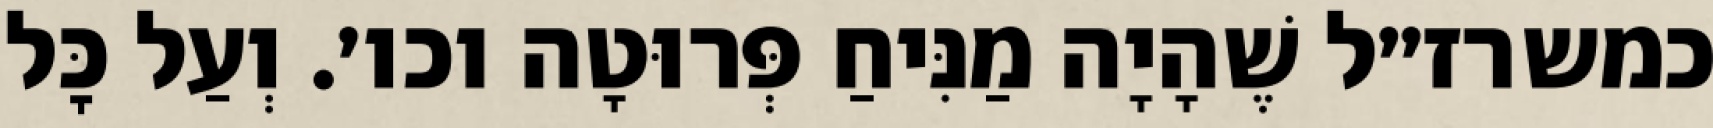
כמשרז״ל שֶׁהָיָה מַנִּיחַ פְּרוּטָה וכו׳. וְעַל כׇּל